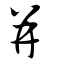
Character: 并